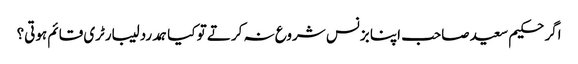
اگر حکیم سعید صاحب اپنا بزنس شروع نہ کرتے تو کیا ہمدرد لیبارٹری قائم ہوتی؟